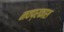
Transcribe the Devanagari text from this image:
नवप्रकाश